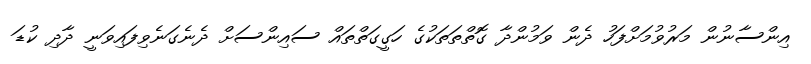
އިންސާނުން މަރުވުމަށްފަހު ދެން ވަމުންދާ ގޮތްތަތަކުގެ ހަގީގަތްތައް ސައިންސަށް ދެނެގަނެވިފައިވަނީ ދާދި ކުޑަ